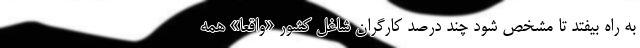
به راه بیفتد تا مشخص شود چند درصد کارگران شاغلِ کشور «واقعاً» همه